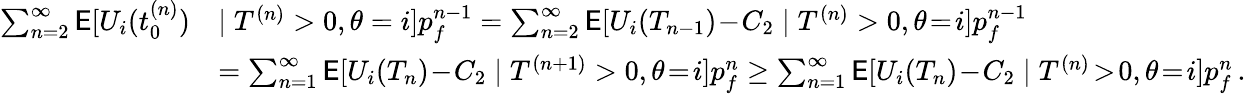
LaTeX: \begin{array}{rl}{\sum_{n=2}^{\infty}\mathsf{E}[U_{i}(t_{0}^{(n)})}&{\mid T^{(n)}>0,\theta=i]p_{f}^{n-1}=\sum_{n=2}^{\infty}\mathsf{E}[U_{i}(T_{n-1})\! -\! C_{2}\mid T^{(n)}>0,\theta\! =\! i]p_{f}^{n-1}}\\ &{=\sum_{n=1}^{\infty}\mathsf{E}[U_{i}(T_{n})\! -\! C_{2}\mid T^{(n+1)}>0,\theta\! =\! i]p_{f}^{n}\ge\sum_{n=1}^{\infty}\mathsf{E}[U_{i}(T_{n})\! -\! C_{2}\mid T^{(n)}\! >\! 0,\theta\! =\! i]p_{f}^{n}\, .}\end{array}